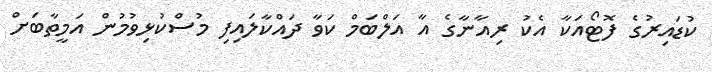
ކުޑައިރުގެ ފޮޓޯއަކާ އެކު ރިއާނާގެ އާ އަލްބަމް ކަވާ ދައްކާލައިފި މުސްކުޅިވުމުން އަމީތާބަށް